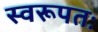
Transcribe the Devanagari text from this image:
स्वरूपतः